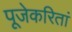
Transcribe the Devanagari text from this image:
पूजेकरितां